Juuru_vallavalitsus, lk 55
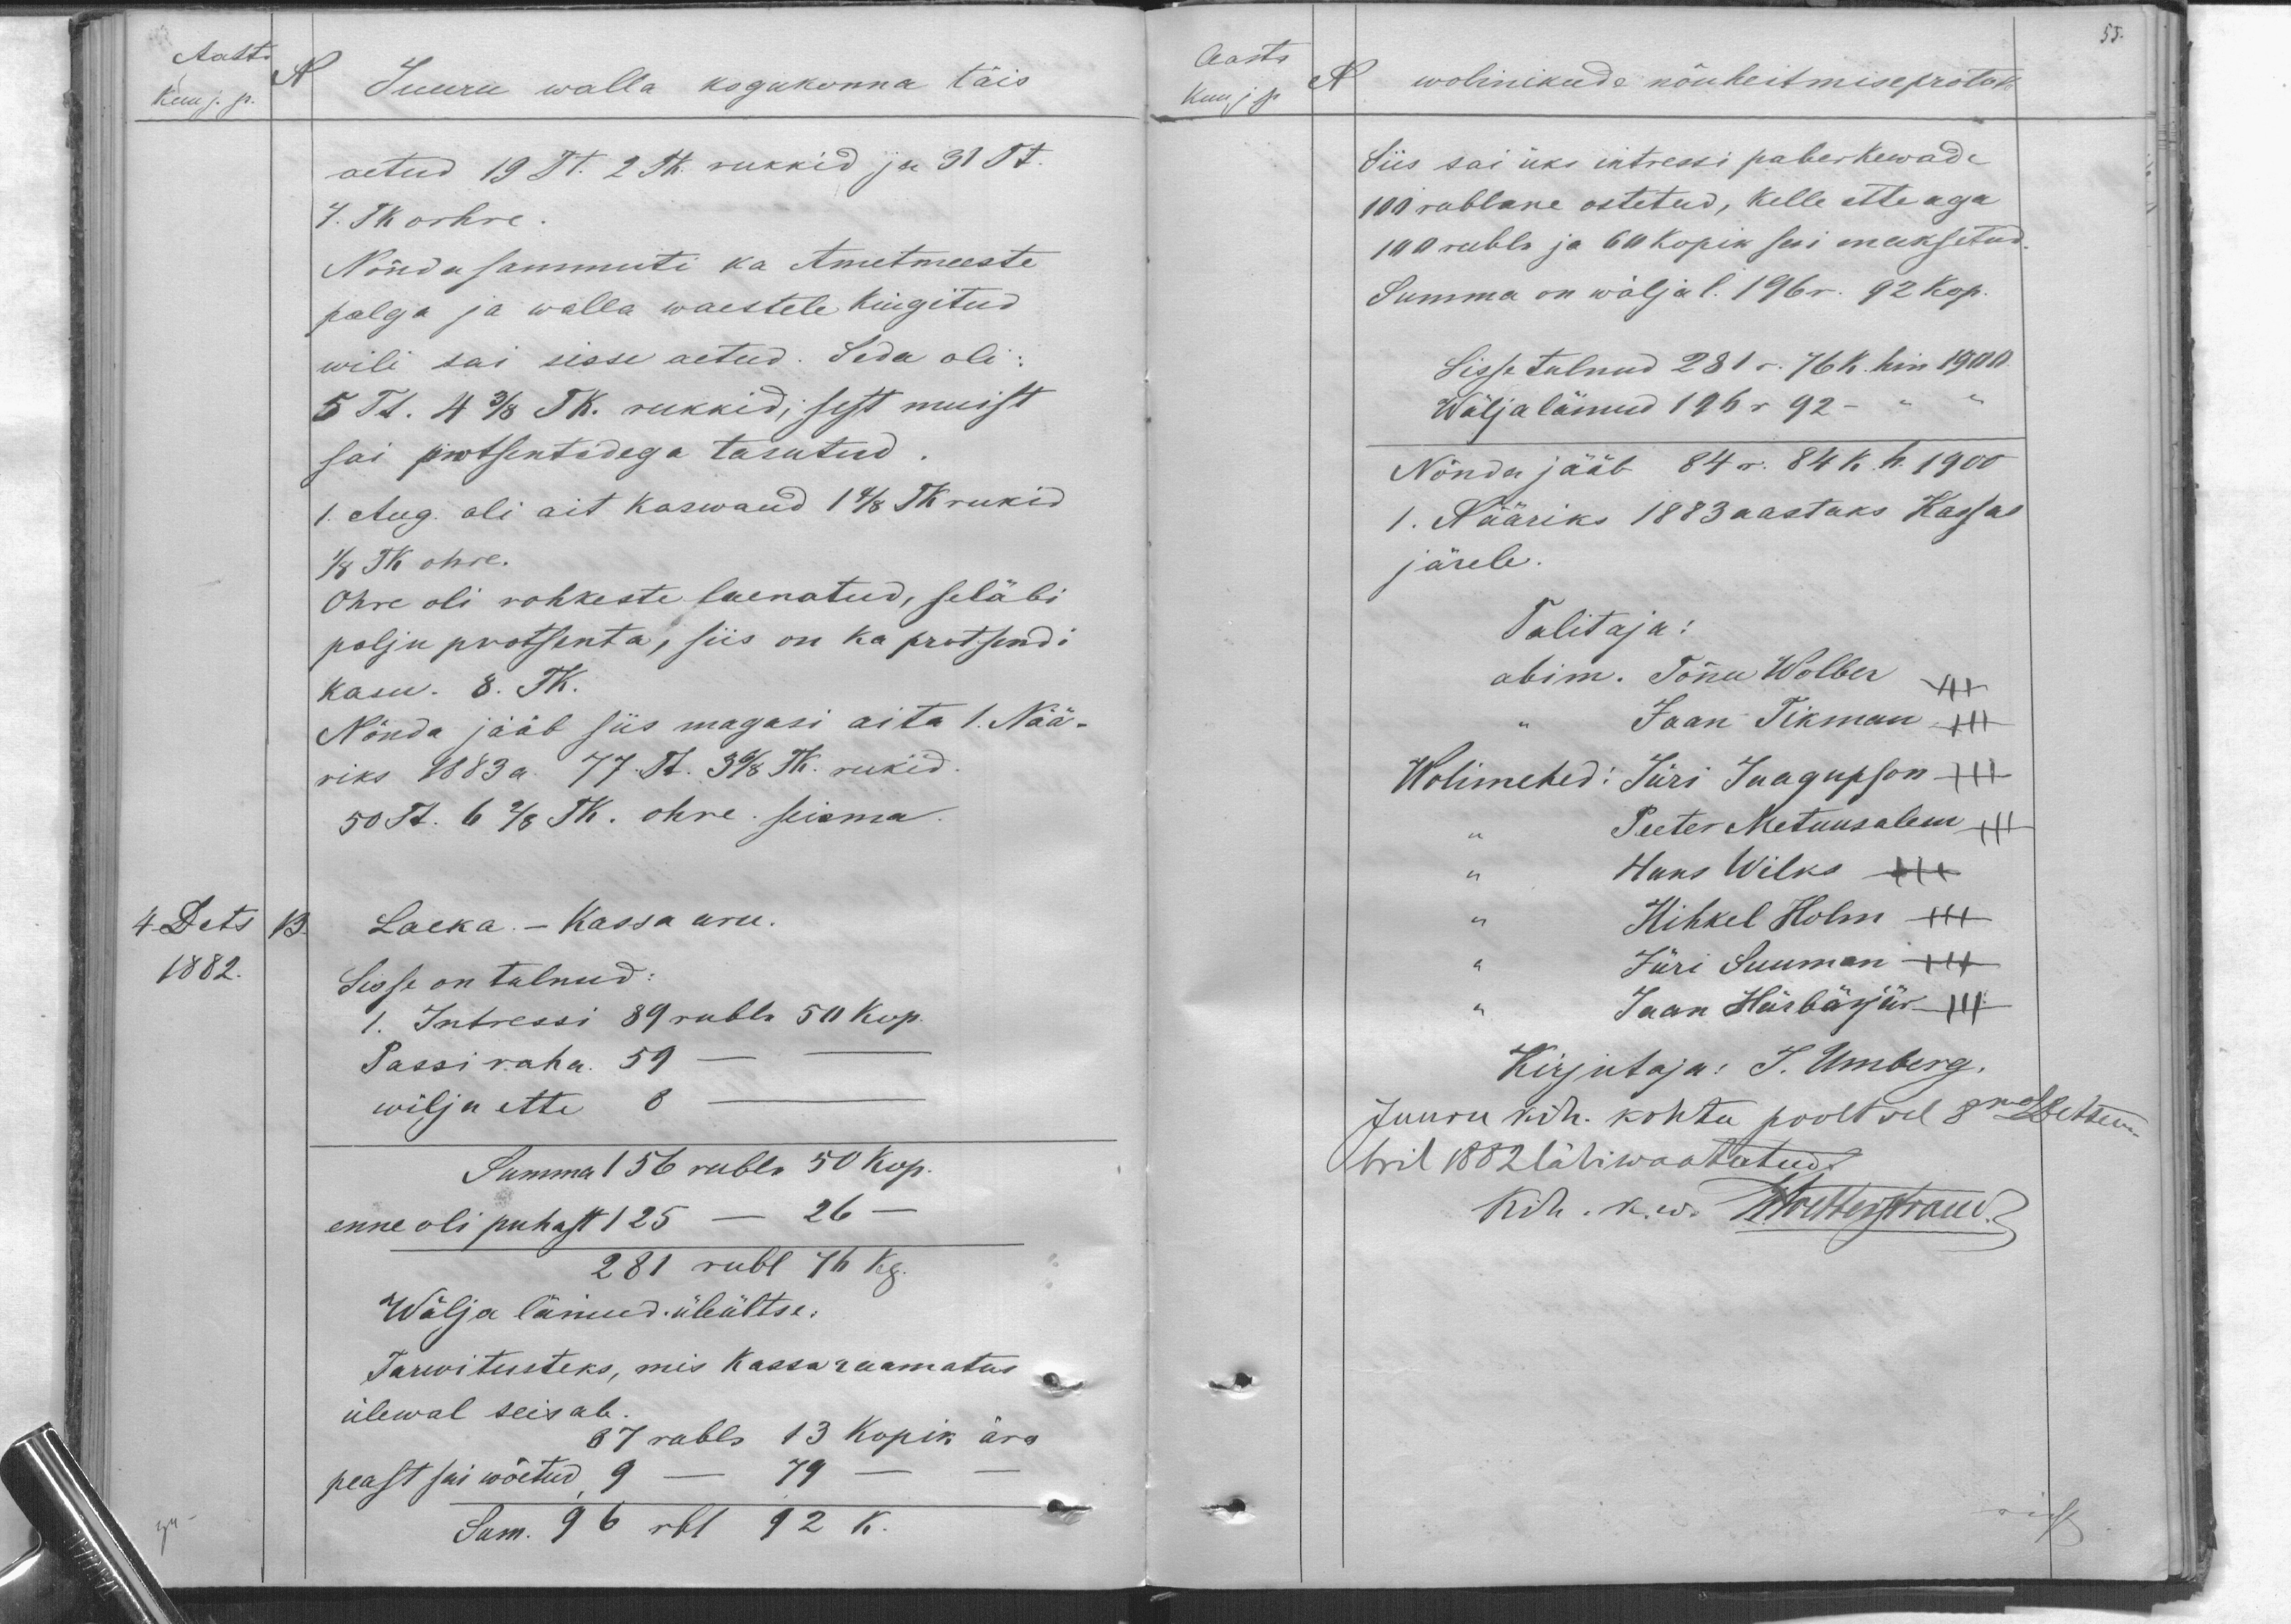
Aasta
Kuu j. p.
Juuru walla kogukonna täis
aetud 19 Tt. 2 Tk. rukkid ja 31 Tt.
4. Tk orhre.
Nõnda sammuti ka Ametmeeste
palga ja walla waestele kingitud
wili sai sisse aetud. Seda oli-
5 Tt. 4 3/8 TK. rukkid, sest muist
sai protsentidega tasutud.
1. Aug. oli ait kaswand 1 4/8 TK rukid
1/8 TK ohre.
Ohre oli rohkeste laenatud, seläbi
palju protsenta, siis on ka protsendi
kasu. 8. TK.
Nõnda jääb siis magasi aita 1. Nää-
riks 1883 a. 77. Tt. 3 6/8 TK. rukid.
50 Tt. 6 2/8 TK. ohre seisma.
4 Dets 13.
1882.
Laeka. - Kassa aru.
Sisse on tulnud:
1. Intressi 89 rubla 50 kop.
Passi raha. 59 -
wilja ette 8
Summa 156 rubla 50 kop.
enne oli puhast 125 - 26 -
281 rubl 76 kg.
Wälja läinud. üleültse.
Tarwitusteks, mis Kassaraamatus
ülewal seisab.
87 rubla 13 kopik ära
peast sai wõetud, 9 - 79
Sum. 96 rbl 92 k.

55.
Aasta
Kuu j p
N wolinikude nõuheitmise protok
Siis sai üks intressi paber kewade
100 rublane ostetud, kelle ette aga
100 rubla ja 60 kopik seni maksetud
Summa on wäljal l. 196 r. 92 kop.
Sisse tulnud 281 r. 76 k. hin 1900.
Wälja läinud 196 r 92 -
Nõnda jääb 84 r. 84 k. h. 1900
1. Nääriks 1883 aastaks Kassas
järele.
Talitaja:
abim. Tõnu Wolber
Jaan Tikman
Wolimehed: Jüri Jaagupson
Peeter Metuusalem xxx
Hans Wilks XXX
Hihkel Holm XXX
Jüri Suuman XXX
Jaan Härbärjär
Kirjutaja: J. Umberg.
Juuru kih. kohtu poolt sel 8mal Detsem-
ril 1882 läbiwaatatud.
Kih. k. w. Holterfraud.